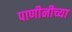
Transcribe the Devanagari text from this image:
पाणीनीच्या